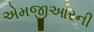
એમજીઆરની